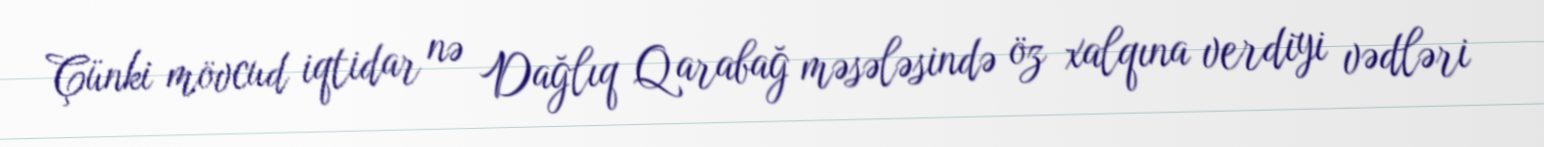
Çünki mövcud iqtidar nə Dağlıq Qarabağ məsələsində öz xalqına verdiyi vədləri